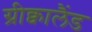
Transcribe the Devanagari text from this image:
ग्रीक्वालैंड